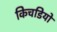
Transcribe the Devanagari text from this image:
किचडियो